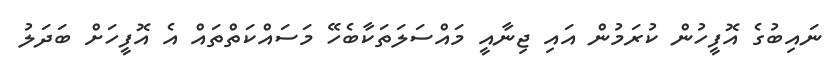
ނައިބުގެ އޮފީހުން ކުރަމުން އައި ޖިނާއީ މައްސަލަތަކާބެހޭ މަސައްކަތްތައް އެ އޮފީހަށް ބަދަލު